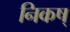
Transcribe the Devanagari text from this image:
निकष्